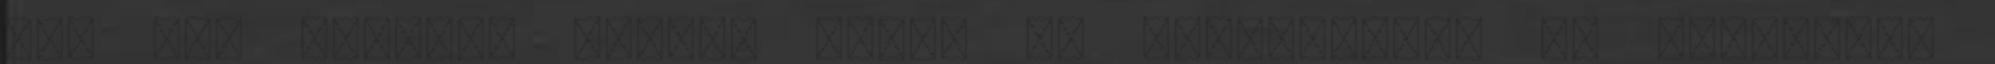
CET Bár nemigen szólok hozzá az ilyesmihez, de szerintem